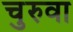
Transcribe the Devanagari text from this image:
चुरुवा